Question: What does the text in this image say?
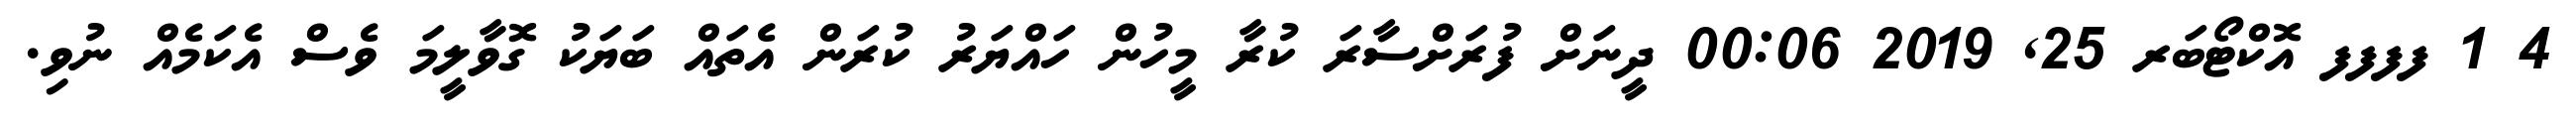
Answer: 4 1 ފފފފ އޮކްޓޯބަރ 25, 2019 00:06 ދީނަށް ފުރަށްސާރަ ކުރާ މީހުން ހައްޔަރު ކުރަން އެތައް ބަޔަކު ގޮވާލީމަ ވެސް އެކަމެއް ނުވި.